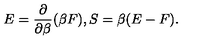
E = { \frac { \partial } { \partial \beta } } ( \beta F ) , S = \beta ( E - F ) .